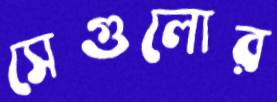
সেগুলোর